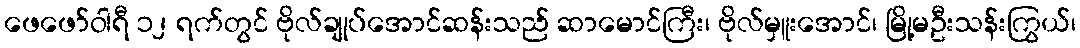
ဖေဖော်ဝါရီ ၁၂ ရက်တွင် ဗိုလ်ချုပ်အောင်ဆန်းသည် ဆာမောင်ကြီး၊ ဗိုလ်မှူးအောင်၊ မြို့မဦးသန်းကြွယ်၊